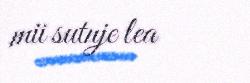
mii sutnje lea